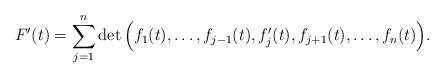
LaTeX: \begin{align*}F'(t) = \sum_{j=1}^n \det\Big( f_1(t), \ldots, f_{j-1}(t), f_j'(t), f_{j+1}(t), \ldots, f_n(t) \Big) .\end{align*}